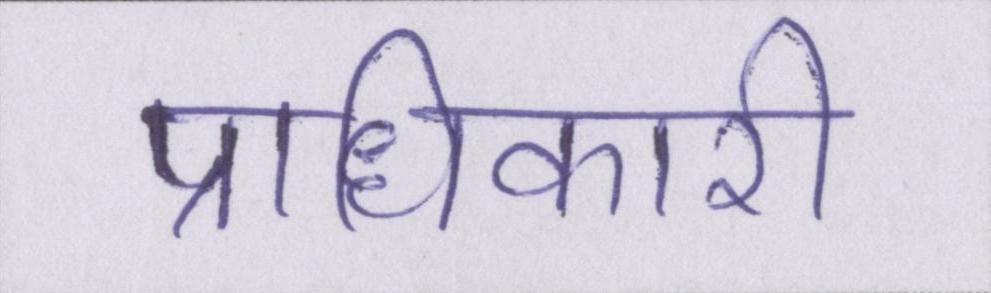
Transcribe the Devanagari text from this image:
प्राधिकारी